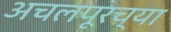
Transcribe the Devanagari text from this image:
अचलपूरच्या